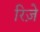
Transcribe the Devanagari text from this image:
रिज़े